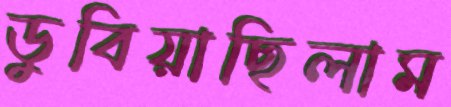
ডুবিয়াছিলাম